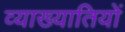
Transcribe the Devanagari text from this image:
व्याख्यातियों